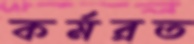
কর্মরত